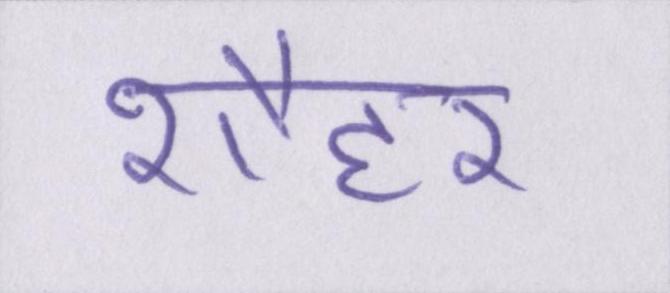
शौहर